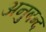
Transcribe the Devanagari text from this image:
अनुबन्द